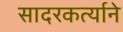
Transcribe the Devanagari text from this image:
सादरकर्त्याने